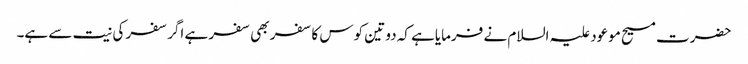
حضرت مسیح موعود علیہ السلام نے فرمایاہے کہ دو تین کوس کا سفر بھی سفر ہے اگر سفر کی نیت سے ہے۔